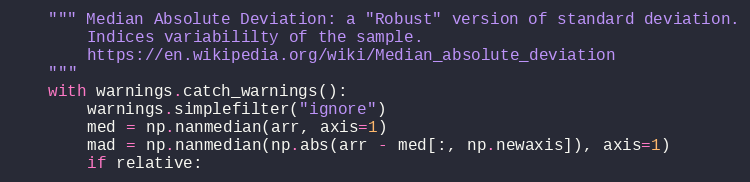
Language: Python
    """ Median Absolute Deviation: a "Robust" version of standard deviation.
        Indices variabililty of the sample.
        https://en.wikipedia.org/wiki/Median_absolute_deviation
    """
    with warnings.catch_warnings():
        warnings.simplefilter("ignore")
        med = np.nanmedian(arr, axis=1)
        mad = np.nanmedian(np.abs(arr - med[:, np.newaxis]), axis=1)
        if relative: